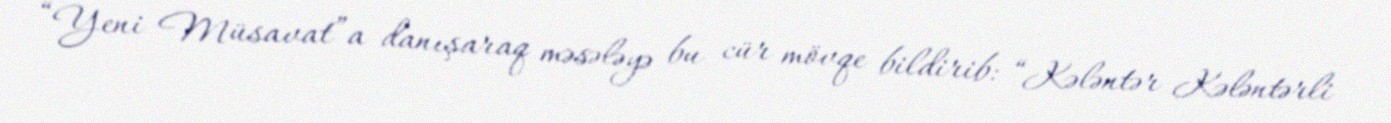
“Yeni Müsavat”a danışaraq məsələyə bu cür mövqe bildirib: “Kələntər Kələntərli